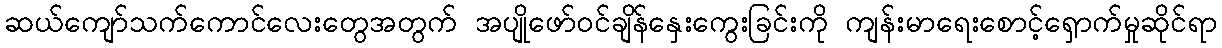
ဆယ်ကျော်သက်ကောင်လေးတွေအတွက် အပျိုဖော်ဝင်ချိန်နှေးကွေးခြင်းကို ကျန်းမာရေးစောင့်ရှောက်မှုဆိုင်ရာ